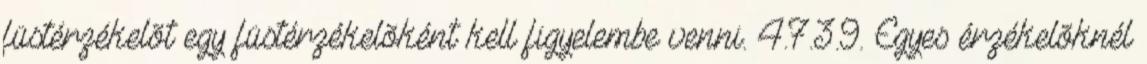
füstérzékelõt egy füstérzékelõként kell figyelembe venni. 4.7.3.9. Egyes érzékelõknél